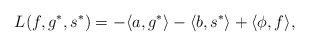
\begin{align*}L(f, g^*, s^*) = -\langle a, g^*\rangle - \langle b, s^*\rangle + \langle \phi, f\rangle,\end{align*}